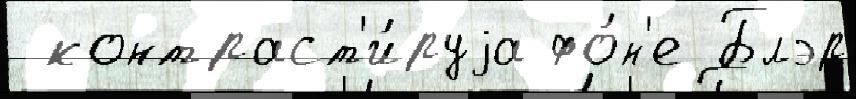
 контраст'и́руjа фо́н'е Блэр